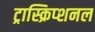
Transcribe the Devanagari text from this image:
ट्रास्क्रिप्शनल